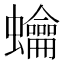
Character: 𧕋